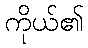
ကိုယ်၏